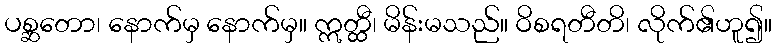
ပစ္ဆတော၊ နောက်မှ နောက်မှ။ ဣတ္ထီ၊ မိန်းမသည်။ ဝိစရတီတိ၊ လိုက်၏ဟူ၍။